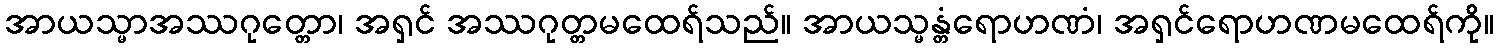
အာယသ္မာအဿဂုတ္တော၊ အရှင် အဿဂုတ္တမထေရ်သည်။ အာယသ္မန္တံရောဟဏံ၊ အရှင်ရောဟဏမထေရ်ကို။